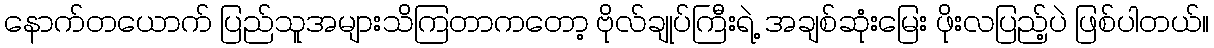
နောက်တယောက် ပြည်သူအများသိကြတာကတော့ ဗိုလ်ချုပ်ကြီးရဲ့ အချစ်ဆုံးမြေး ဖိုးလပြည့်ပဲ ဖြစ်ပါတယ်။